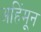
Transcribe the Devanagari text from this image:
अहिंमून